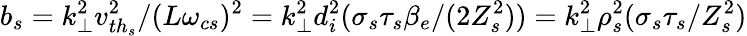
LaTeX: b_{s}=k_{\perp}^{2}v_{{th}_{s}}^{2}/(L\omega_{cs})^{2}=k_{\perp}^{2}d_{i}^{2}(\sigma_{s}\tau_{s}\beta_{e}/(2Z_{s}^{2}))=k_{\perp}^{2}\rho_{s}^{2}(\sigma_{s}\tau_{s}/Z_{s}^{2})